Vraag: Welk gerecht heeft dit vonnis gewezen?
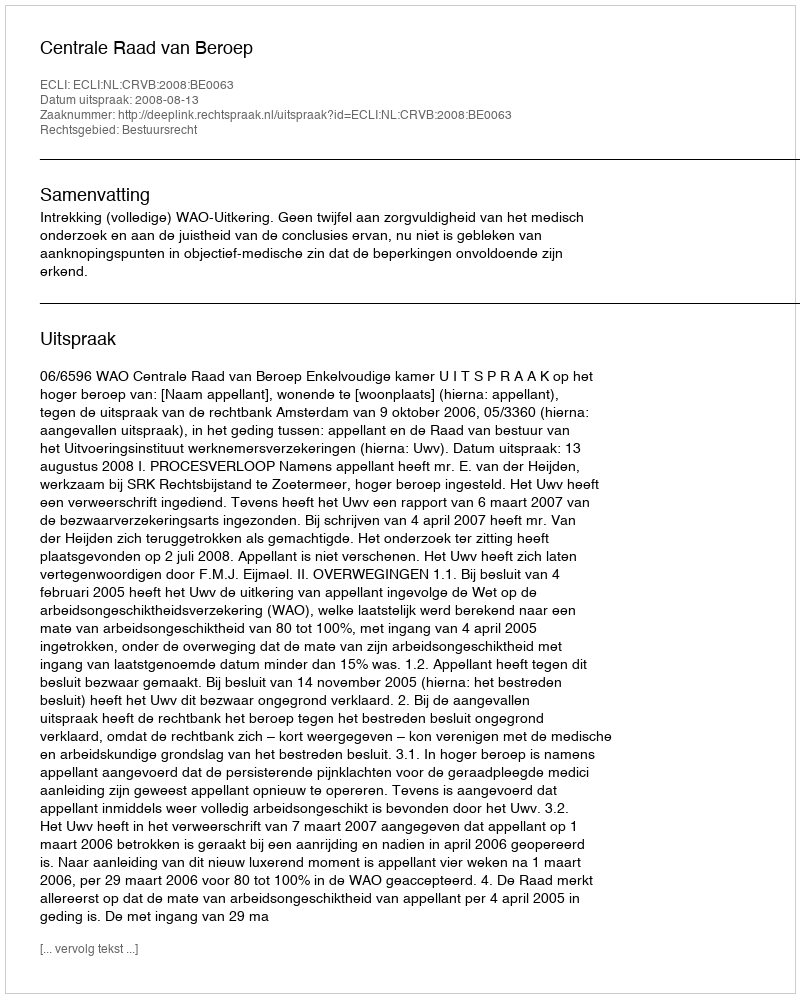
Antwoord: Centrale Raad van Beroep